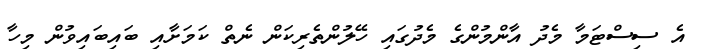
އެ ސިސްޓަމާ މެދު އާންމުންގެ މެދުގައި ހޭލުންތެރިކަން ނެތް ކަމަށާއި ބައިބައިވުން މިހާ